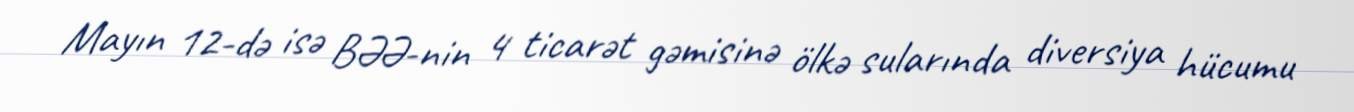
Mayın 12-də isə BƏƏ-nin 4 ticarət gəmisinə ölkə sularında diversiya hücumu